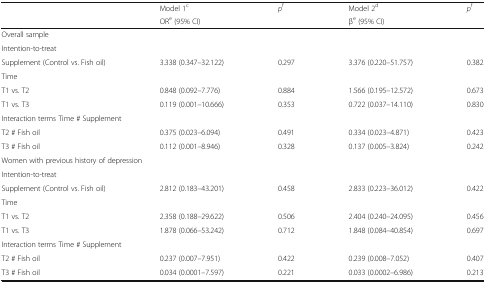
<table><thead><tr><td></td><td><b>Model 1<sup>c</sup></b></td><td rowspan="2"><b><i>p</i><sup>f</sup></b></td><td><b>Model 2<sup>d</sup></b></td><td rowspan="2"><b><i>p</i><sup>f</sup></b></td></tr><tr><td></td><td><b>OR<sup>e</sup> (95% CI)</b></td><td><b>β<sup>e</sup> (95% CI)</b></td></tr></thead><tbody><tr><td colspan="5">Overall sample</td></tr><tr><td colspan="5">Intention-to-treat</td></tr><tr><td>Supplement (Control vs. Fish oil)</td><td>3.338 (0.347–32.122)</td><td>0.297</td><td>3.376 (0.220–51.757)</td><td>0.382</td></tr><tr><td colspan="5">Time</td></tr><tr><td>T1 vs. T2</td><td>0.848 (0.092–7.776)</td><td>0.884</td><td>1.566 (0.195–12.572)</td><td>0.673</td></tr><tr><td>T1 vs. T3</td><td>0.119 (0.001–10.666)</td><td>0.353</td><td>0.722 (0.037–14.110)</td><td>0.830</td></tr><tr><td colspan="5">Interaction terms Time # Supplement</td></tr><tr><td>T2 # Fish oil</td><td>0.375 (0.023–6.094)</td><td>0.491</td><td>0.334 (0.023–4.871)</td><td>0.423</td></tr><tr><td>T3 # Fish oil</td><td>0.112 (0.001–8.946)</td><td>0.328</td><td>0.137 (0.005–3.824)</td><td>0.242</td></tr><tr><td colspan="5">Women with previous history of depression</td></tr><tr><td colspan="5">Intention-to-treat</td></tr><tr><td>Supplement (Control vs. Fish oil)</td><td>2.812 (0.183–43.201)</td><td>0.458</td><td>2.833 (0.223–36.012)</td><td>0.422</td></tr><tr><td colspan="5">Time</td></tr><tr><td>T1 vs. T2</td><td>2.358 (0.188–29.622)</td><td>0.506</td><td>2.404 (0.240–24.095)</td><td>0.456</td></tr><tr><td>T1 vs. T3</td><td>1.878 (0.066–53.242)</td><td>0.712</td><td>1.848 (0.084–40.854)</td><td>0.697</td></tr><tr><td colspan="5">Interaction terms Time # Supplement</td></tr><tr><td>T2 # Fish oil</td><td>0.237 (0.007–7.951)</td><td>0.422</td><td>0.239 (0.008–7.052)</td><td>0.407</td></tr><tr><td>T3 # Fish oil</td><td>0.034 (0.0001–7.597)</td><td>0.221</td><td>0.033 (0.0002–6.986)</td><td>0.213</td></tr></tbody></table>